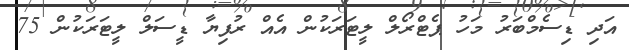
އަދި ޑިސެމްބަރު މަހު ޕެޓްރޯލް ލީޓަރަކުން އެއް ރުފިޔާ ޑީސަލް ލީޓަރަކުން 75